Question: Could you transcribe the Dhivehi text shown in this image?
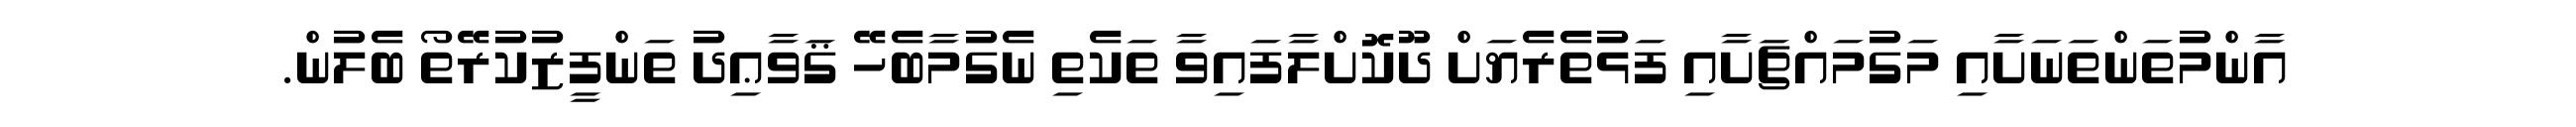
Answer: އާންމުތަންތަނަށާއި މަގުމައްޗަށާއި ފަޅުތެރެޔަށް ދޫކޮށްލާފައިވާ ތަކެތި ނެގުމާބެހޭ ޤަވާޢިދު ތަންފީޒުކުރޭތޯ ބެލުން.